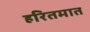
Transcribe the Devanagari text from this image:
हरितमात